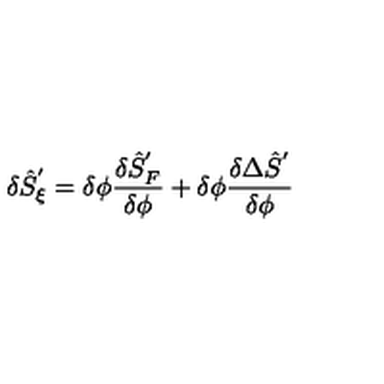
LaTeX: \delta { \hat { S } } _ { \xi } ^ { ' } = \delta \phi \frac { \delta { \hat { S } } _ { F } ^ { ' } } { \delta \phi } + \delta \phi \frac { \delta \Delta { \hat { S } } ^ { ' } } { \delta \phi }